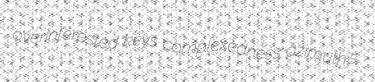
overinterested keys complexedness azimuth's